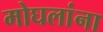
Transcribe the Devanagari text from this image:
मोघलांना